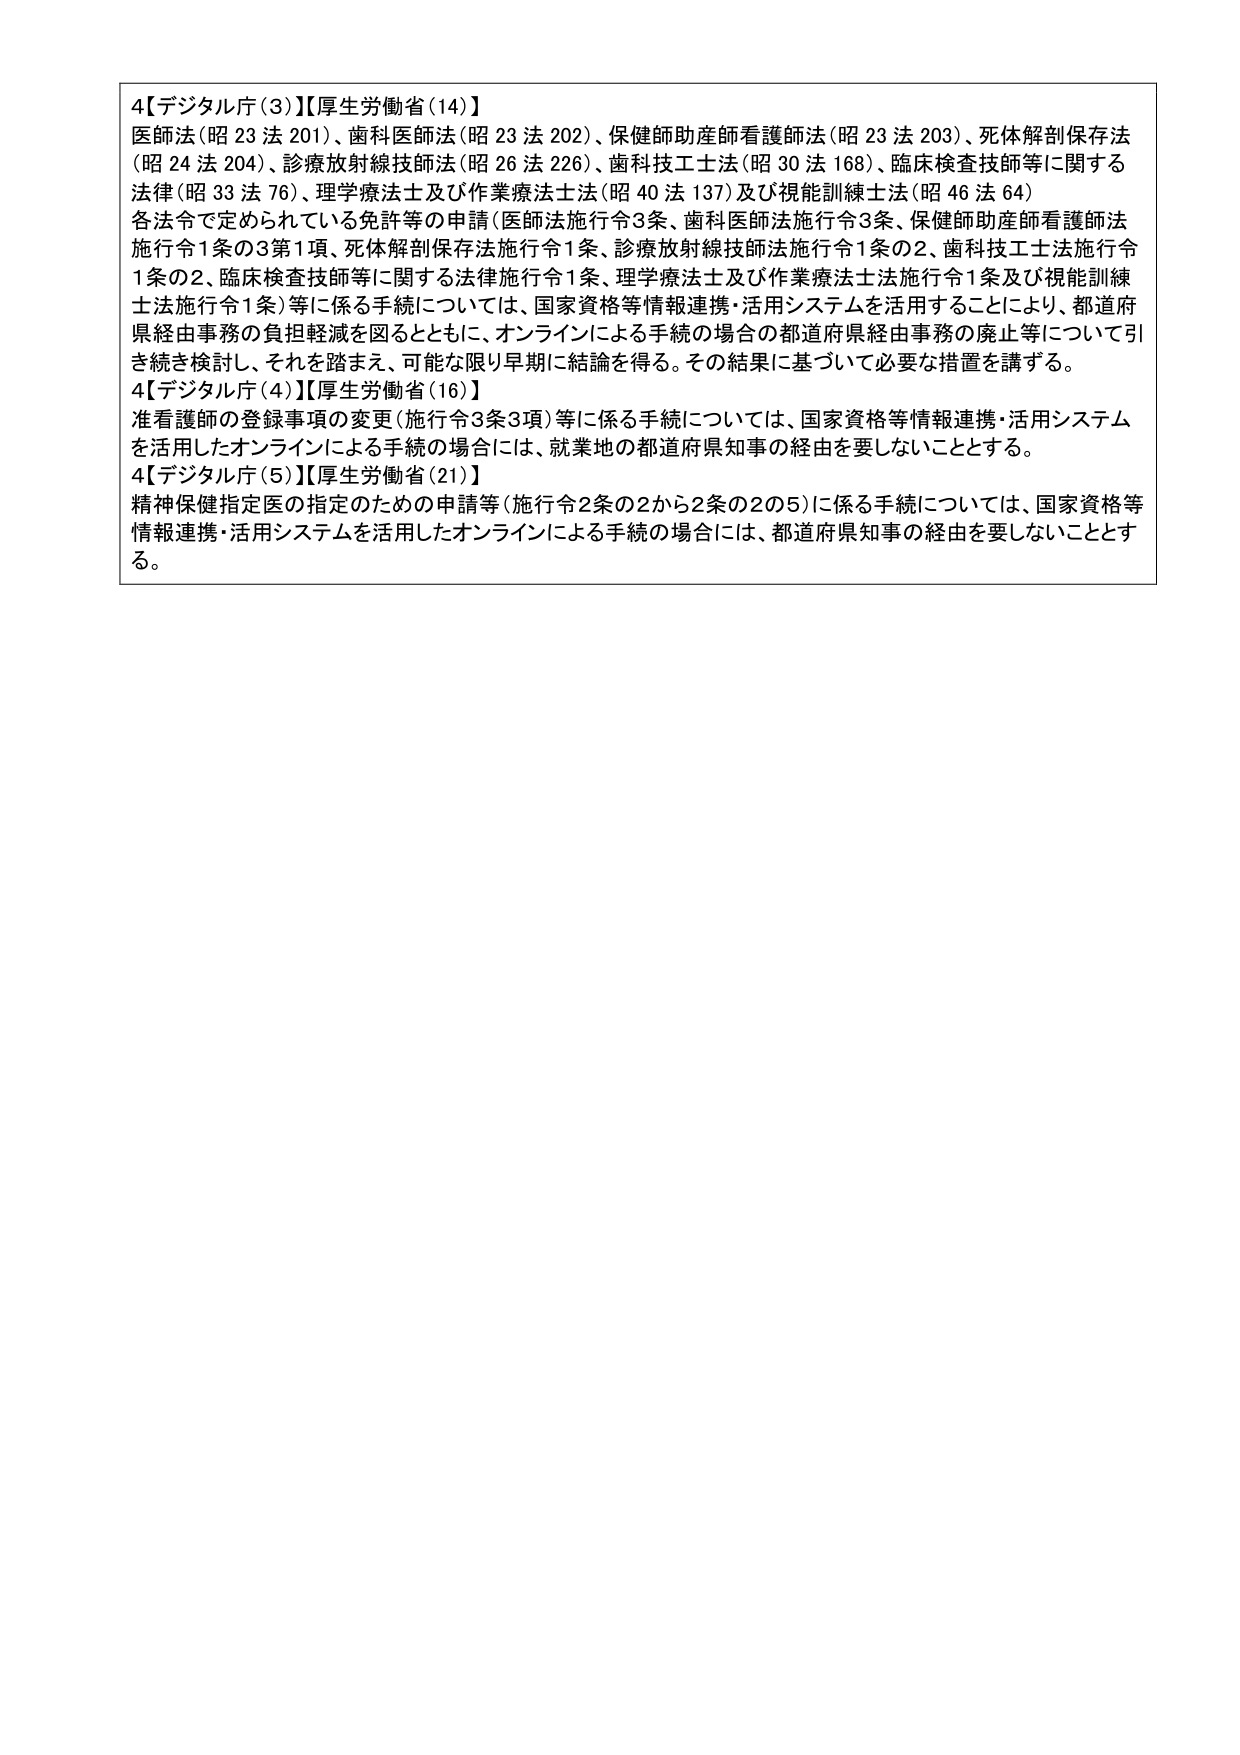
4【デジタル庁（3）】【厚生労働省（14）】
医師法（昭23法201）、歯科医師法（昭23法202）、保健師助産師看護師法（昭23法203）、死体解剖保存法（昭24法204）、診療放射線技師法（昭26法226）、歯科技工士法（昭30法168）、臨床検査技師等に関する法律（昭33法76）、理学療法士及び作業療法士法（昭40法137）及び視能訓練士法（昭46法64）
各法令で定められている免許等の申請（医師法施行令3条、歯科医師法施行令3条、保健師助産師看護師法施行令1条の3第1項、死体解剖保存法施行令1条、診療放射線技師法施行令1条の2、歯科技工士法施行令1条の2、臨床検査技師等に関する法律施行令1条、理学療法士及び作業療法士法施行令1条及び視能訓練士法施行令1条）等に係る手続については、国家資格等情報連携・活用システムを活用することにより、都道府県経由事務の負担軽減を図るとともに、オンラインによる手続の場合の都道府県経由事務の廃止等について引き続き検討し、それを踏まえ、可能な限り早期に結論を得る。その結果に基づいて必要な措置を講ずる。

4【デジタル庁（4）】【厚生労働省（16）】
准看護師の登録事項の変更（施行令3条3項）等に係る手続については、国家資格等情報連携・活用システムを活用したオンラインによる手続の場合には、就業地の都道府県知事の経由を要しないこととする。

4【デジタル庁（5）】【厚生労働省（21）】
精神保健指定医の指定のための申請等（施行令2条の2から2条の2の5）に係る手続については、国家資格等情報連携・活用システムを活用したオンラインによる手続の場合には、都道府県知事の経由を要しないこととする。